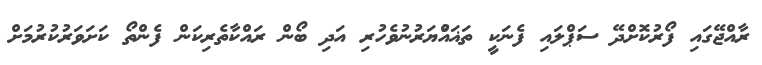
ރާއްޖޭގައި ފޯރުކޮށްދޭ ސަޕްލައި ފެނަކީ ތަޣައްުޔަރުނުވެހުރި އަދި ބޯން ރައްކާތެރިކަން ފެންތޯ ކަށަވަރުކުރުމަށް